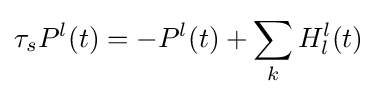
\tau _{s}P^{l}(t)=-P^{l}(t)+\sum _{k}H_{l}^{l}(t)